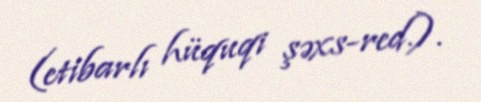
(etibarlı hüquqi şəxs-red.).